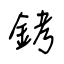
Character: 銬